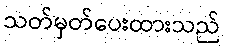
သတ်မှတ်ပေးထားသည်